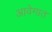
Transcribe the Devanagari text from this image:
आवेगात